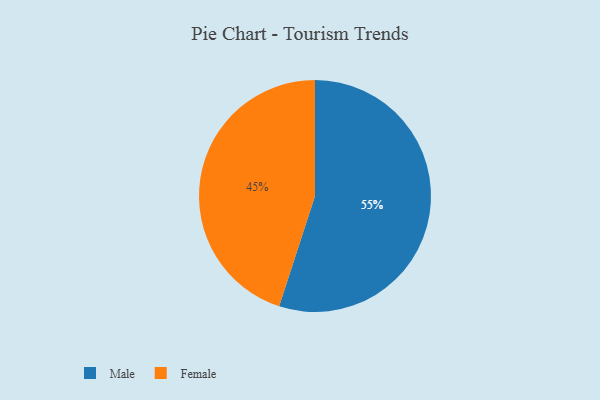
{"axis": {"x": "Category", "y": "Percentage"}, "legend": ["Female", "Male"], "data": [{"x": "Male", "y": 55, "type": "Male"}, {"x": "Female", "y": 45, "type": "Female"}]}